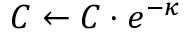
C \gets C \cdot e ^ { - { \boldsymbol { \kappa } } }